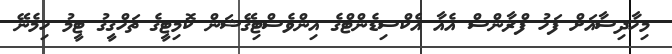
މިހާދިސާއަށް ފަހު ފްރާންސް އެއާ އެކްސިޑެންޓްގެ އިންވެސްޓިގޭޝަން ކޮމިޓީގެ ތަހްގީގު ޓީމު ހިމެނޭ